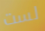
لست